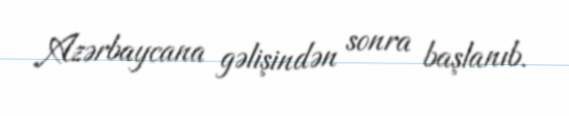
Azərbaycana gəlişindən sonra başlanıb.